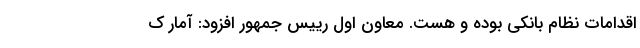
اقدامات نظام بانکی بوده و هست. معاون اول رییس جمهور افزود: آمار ک